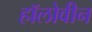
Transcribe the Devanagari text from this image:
हॉलोवीन